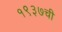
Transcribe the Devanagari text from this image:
१९३७ची